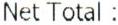
NET TOTAL :